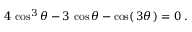
4 \, \cos ^ { 3 } \theta - 3 \, \cos \theta - \cos ( \, 3 \theta \, ) = 0 \; .